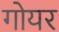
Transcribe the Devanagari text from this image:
गोयर